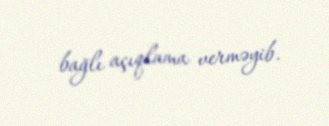
bağlı açıqlama verməyib.